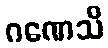
ဂဏေသိ